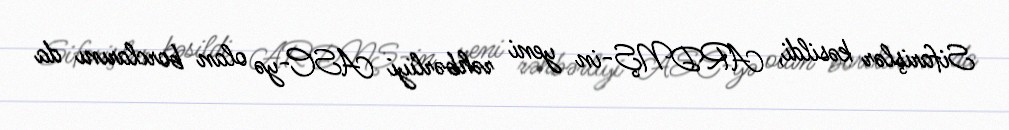
Sifarişlər kəsildi, ARDNŞ-in yeni rəhbərliyi ASC-yə olan borclarını da